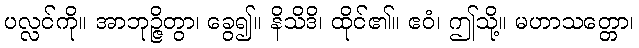
ပလ္လင်ကို။ အာဘုဉ္ဇိတွာ၊ ခွေ၍။ နိသိဒိ၊ ထိုင်၏။ ဧဝံ၊ ဤသို့။ မဟာသတ္တော၊